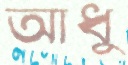
আধু